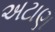
અટાણ